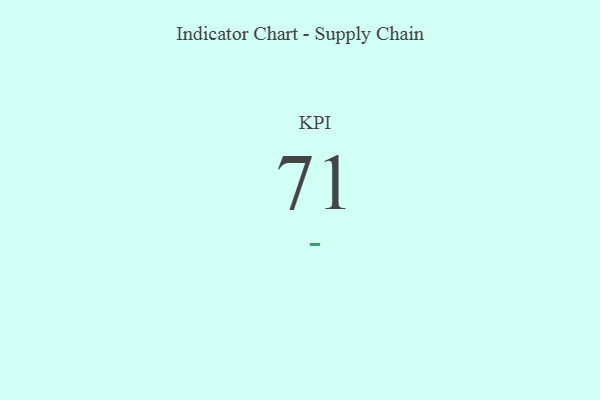
{"axis": {"x": "KPI", "y": "Value"}, "legend": [""], "data": [{"x": "KPI", "y": 71, "type": ""}]}